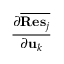
\frac { \partial \overline { { { \bf { R e s } } _ { j } } } } { \partial { \bf u } _ { k } }